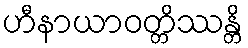
ဟီနာယာဝတ္တိဿန္တိ